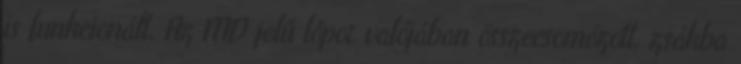
is funkcionált. Az MD jelű lőpor valójában összecsomózott, zsákba